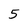
Character: 5